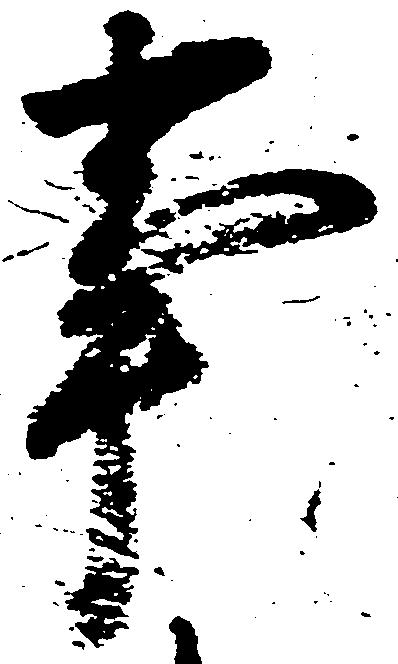
事